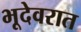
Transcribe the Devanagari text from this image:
भूदेवरात